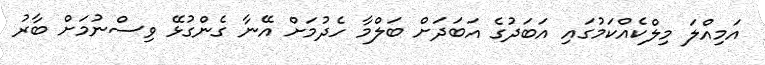
އަމިއްލަ މިލްކެއްކަމުގައި އަބަދުގެ އަބަދަށް ބަލްމާ ހެދުމަށް އޭނާ ގެންގުޅޭ ވިސްނުމަށް ބާރު